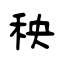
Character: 秧